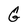
Character: G